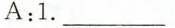
A:1. ___